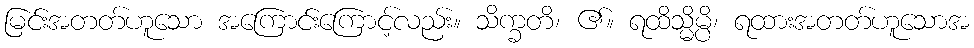
မြင်းအတတ်ဟူသော အကြောင်းကြောင့်လည်း။ သိက္ခတိ၊ ၏။ ရထိသ္မိမ္ပိ၊ ရထားအတတ်ဟူသောအ